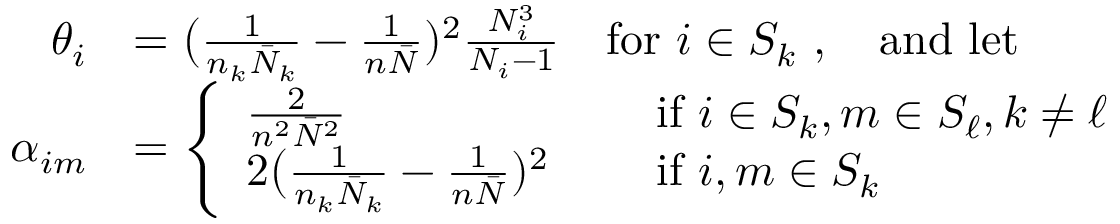
\begin{array} { r l } { \theta _ { i } } & { = \big ( \frac { 1 } { n _ { k } \bar { N } _ { k } } - \frac { 1 } { n \bar { N } } ) ^ { 2 } \frac { N _ { i } ^ { 3 } } { N _ { i } - 1 } \quad \mathrm { f o r ~ } i \in S _ { k } \, \, , \quad \mathrm { a n d ~ l e t } \, \, } \\ { \alpha _ { i m } } & { = \left\{ \begin{array} { l l } { \frac { 2 } { n ^ { 2 } \bar { N } ^ { 2 } } } & { \quad \mathrm { ~ i f ~ } i \in S _ { k } , m \in S _ { \ell } , k \neq \ell } \\ { 2 \big ( \frac { 1 } { n _ { k } \bar { N } _ { k } } - \frac { 1 } { n \bar { N } } ) ^ { 2 } } & { \quad \mathrm { ~ i f ~ } i , m \in S _ { k } } \end{array} \right. } \end{array}